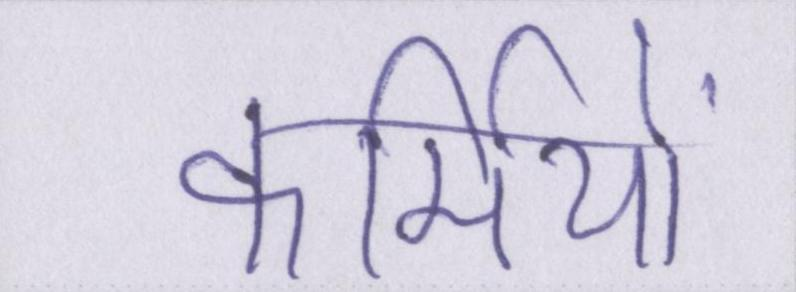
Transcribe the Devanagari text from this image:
कर्मियों